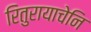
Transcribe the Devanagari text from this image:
रितुरायाचेनि